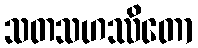
သတသဟဿိတော